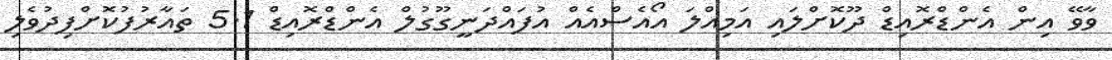
ވާވޭ އިން އެންޑްރޮއިޑް ދޫކޮށްލައި އަމިއްލަ އޯއެސްއެއް އުފައްދަނީގޫގުލް އެންޑްރޮއިޑް 5.1 ތައާރުފުކޮށްފިދުވެލި